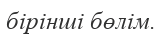
бірінші бөлім.